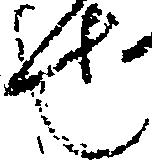
也